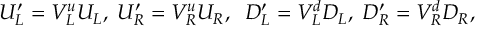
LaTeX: U _ { L } ^ { \prime } = V _ { L } ^ { u } U _ { L } , \; U _ { R } ^ { \prime } = V _ { R } ^ { u } U _ { R } , \; \; D _ { L } ^ { \prime } = V _ { L } ^ { d } D _ { L } , \; D _ { R } ^ { \prime } = V _ { R } ^ { d } D _ { R } , \; \;